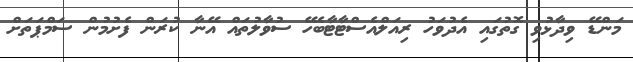
މަންޑޭ ވިދާޅުވި ގޮތުގައި އެދުވަހު ރިއަލްއެސްޓާޓާބެހޭ ސުވާލުތައް އޭނާ ކުރަން ފެށުމުން ސަމްޕަތަށް